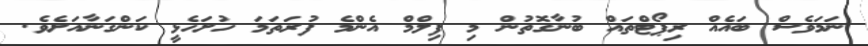
ނަމަވެސް ބައެއް ރިޕޯޓްތައް ބުނާގޮތުން މި ފިލްމް އެންމެ ފުރަތަމަ ހުށަހެޅީ ކަންގަނާއަށެވެ.